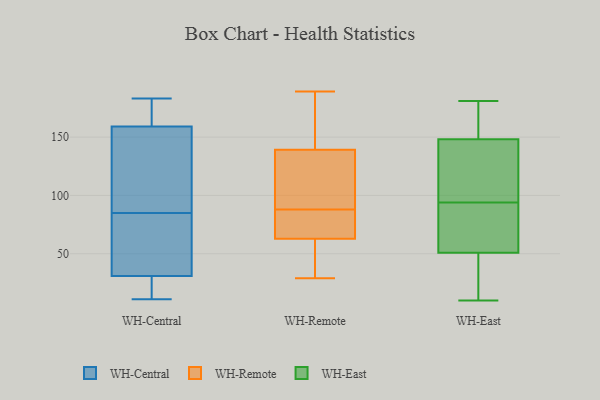
{"axis": {"x": "Latency (ms)", "y": "Value"}, "legend": ["WH-Central", "WH-East", "WH-Remote"], "data": [{"x": "", "y": 111, "type": "WH-Central"}, {"x": "", "y": 180, "type": "WH-Central"}, {"x": "", "y": 31, "type": "WH-Central"}, {"x": "", "y": 178, "type": "WH-Central"}, {"x": "", "y": 49, "type": "WH-Central"}, {"x": "", "y": 41, "type": "WH-Central"}, {"x": "", "y": 11, "type": "WH-Central"}, {"x": "", "y": 38, "type": "WH-Central"}, {"x": "", "y": 159, "type": "WH-Central"}, {"x": "", "y": 26, "type": "WH-Central"}, {"x": "", "y": 135, "type": "WH-Central"}, {"x": "", "y": 19, "type": "WH-Central"}, {"x": "", "y": 29, "type": "WH-Central"}, {"x": "", "y": 157, "type": "WH-Central"}, {"x": "", "y": 65, "type": "WH-Central"}, {"x": "", "y": 183, "type": "WH-Central"}, {"x": "", "y": 105, "type": "WH-Central"}, {"x": "", "y": 178, "type": "WH-Central"}, {"x": "", "y": 73, "type": "WH-Remote"}, {"x": "", "y": 165, "type": "WH-Remote"}, {"x": "", "y": 189, "type": "WH-Remote"}, {"x": "", "y": 79, "type": "WH-Remote"}, {"x": "", "y": 44, "type": "WH-Remote"}, {"x": "", "y": 107, "type": "WH-Remote"}, {"x": "", "y": 60, "type": "WH-Remote"}, {"x": "", "y": 103, "type": "WH-Remote"}, {"x": "", "y": 99, "type": "WH-Remote"}, {"x": "", "y": 125, "type": "WH-Remote"}, {"x": "", "y": 85, "type": "WH-Remote"}, {"x": "", "y": 46, "type": "WH-Remote"}, {"x": "", "y": 161, "type": "WH-Remote"}, {"x": "", "y": 65, "type": "WH-Remote"}, {"x": "", "y": 62, "type": "WH-Remote"}, {"x": "", "y": 144, "type": "WH-Remote"}, {"x": "", "y": 29, "type": "WH-Remote"}, {"x": "", "y": 179, "type": "WH-Remote"}, {"x": "", "y": 88, "type": "WH-Remote"}, {"x": "", "y": 50, "type": "WH-East"}, {"x": "", "y": 56, "type": "WH-East"}, {"x": "", "y": 51, "type": "WH-East"}, {"x": "", "y": 63, "type": "WH-East"}, {"x": "", "y": 138, "type": "WH-East"}, {"x": "", "y": 176, "type": "WH-East"}, {"x": "", "y": 10, "type": "WH-East"}, {"x": "", "y": 94, "type": "WH-East"}, {"x": "", "y": 158, "type": "WH-East"}, {"x": "", "y": 145, "type": "WH-East"}, {"x": "", "y": 32, "type": "WH-East"}, {"x": "", "y": 97, "type": "WH-East"}, {"x": "", "y": 181, "type": "WH-East"}]}